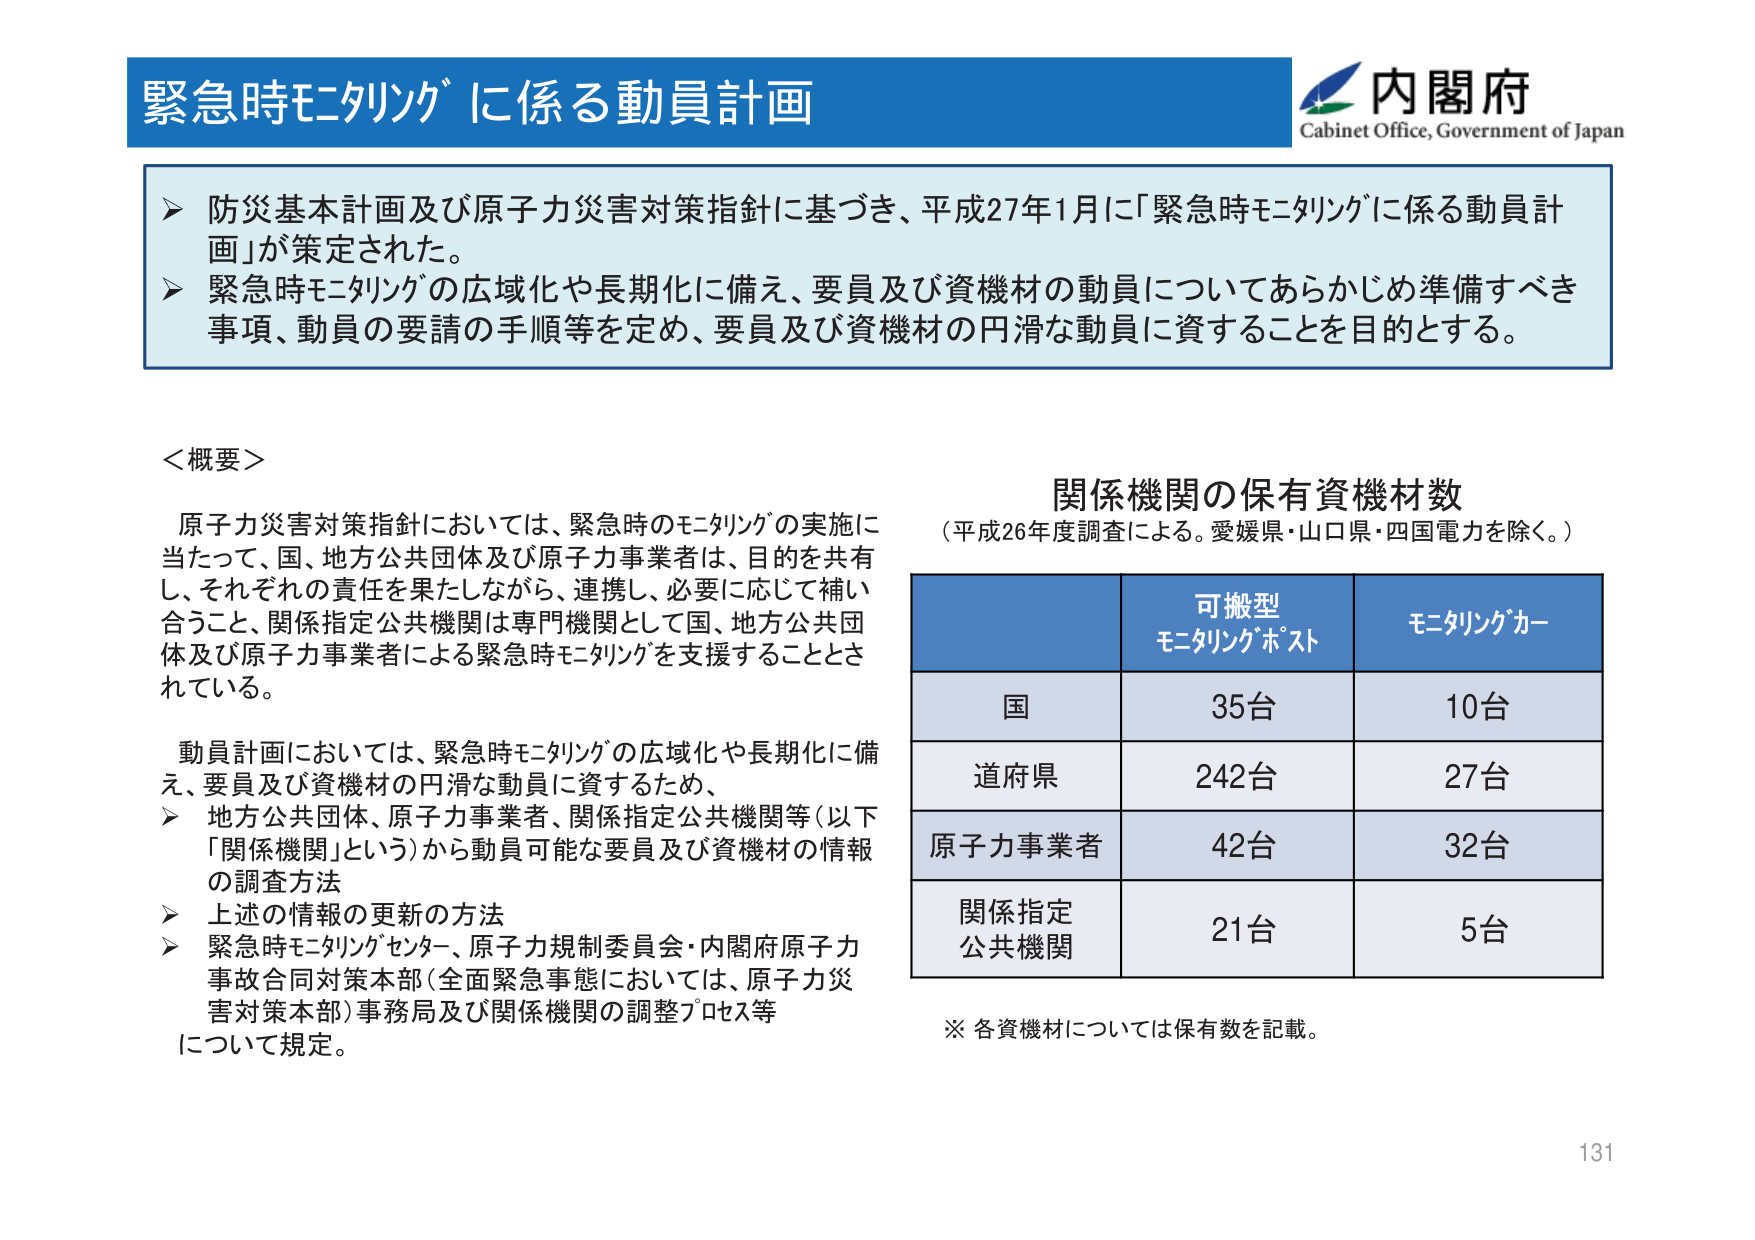
緊急時モニタリングに係る動員計画

内閣府
Cabinet Office, Government of Japan

▶ 防災基本計画及び原子力災害対策指針に基づき、平成27年1月に「緊急時モニタリングに係る動員計画」が策定された。
▶ 緊急時モニタリングの広域化や長期化に備え、要員及び資機材の動員についてあらかじめ準備すべき事項、動員の要請の手順等を定め、要員及び資機材の円滑な動員に資することを目的とする。

＜概要＞
原子力災害対策指針においては、緊急時のモニタリングの実施に当たって、国、地方公共団体及び原子力事業者は、目的を共有し、それぞれの責任を果たしながら、連携し、必要に応じて補い合うこと、関係指定公共機関は専門機関として国、地方公共団体及び原子力事業者による緊急時モニタリングを支援することとされている。

動員計画においては、緊急時モニタリングの広域化や長期化に備え、要員及び資機材の円滑な動員に資するため、
▶ 地方公共団体、原子力事業者、関係指定公共機関等（以下「関係機関」という）から動員可能な要員及び資機材の情報の調査方法
▶ 上述の情報の更新の方法
▶ 緊急時モニタリングセンター、原子力規制委員会・内閣府原子力事故合同対策本部（全面緊急事態においては、原子力災害対策本部）事務局及び関係機関の調整プロセス等について規定。

関係機関の保有資機材数
（平成26年度調査による。愛媛県・山口県・四国電力を除く。）

可搬型
モニタリングホスト　　モニタリングカー
国　　　　　　　　　　35台　　　　　　　　10台
道府県　　　　　　　　242台　　　　　　　　27台
原子力事業者　　　　　42台　　　　　　　　32台
関係指定
公共機関　　　　　　　21台　　　　　　　　5台

※ 各資機材については保有数を記載。

131